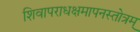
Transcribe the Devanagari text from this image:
शिवापराधक्षमापनस्तोत्रम्